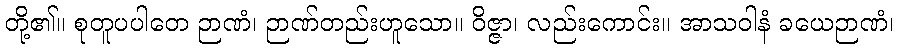
တို့၏။ စုတူပပါတေ ဉာဏံ၊ ဉာဏ်တည်းဟူသော။ ဝိဇ္ဇာ၊ လည်းကောင်း။ အာသဝါနံ ခယေဉာဏံ၊